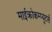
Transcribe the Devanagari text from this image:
माईक्रोकम्प्यूटर्स